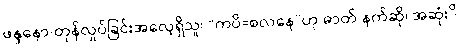
ဖန္ဒနော-တုန်လှုပ်ခြင်းအလေ့ရှိသူ၊ “ကပိ=စလနေ”ဟု ဓာတ် နက်ဆို၊ အဆုံး -ိ